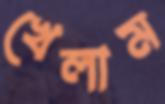
খেলাম